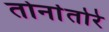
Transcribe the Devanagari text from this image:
तोर्नातोरे